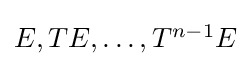
\textstyle E,TE,\ldots ,T^{n-1}E